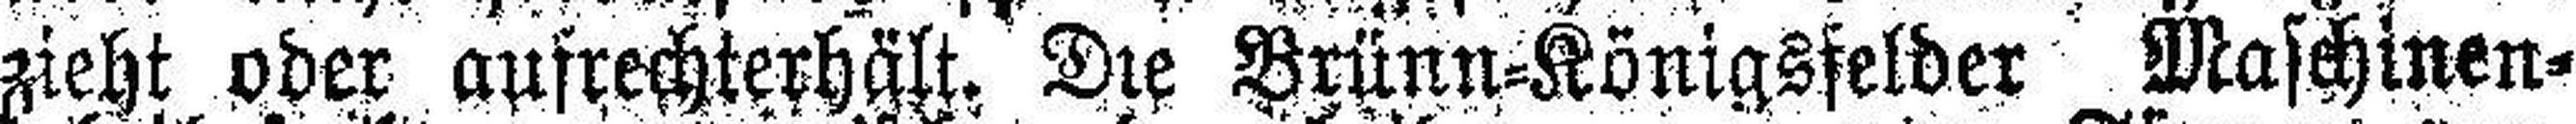
zieht oder aufrechterhält. Die Brünn=Königsfelder Maschinen¬